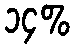
၁၄%